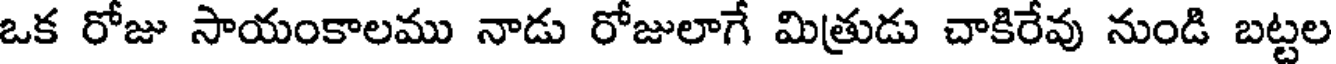
ఒక రోజు సాయంకాలము నాడు రోజులాగే మిత్రుడు చాకిరేవు నుండి బట్టల